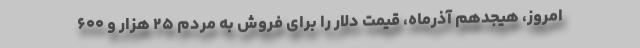
امروز، هیجدهم آذرماه، قیمت دلار را برای فروش به مردم ۲۵ هزار و ۶۰۰